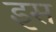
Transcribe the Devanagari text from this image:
इस